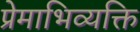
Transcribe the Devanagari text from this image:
प्रेमाभिव्यक्ति